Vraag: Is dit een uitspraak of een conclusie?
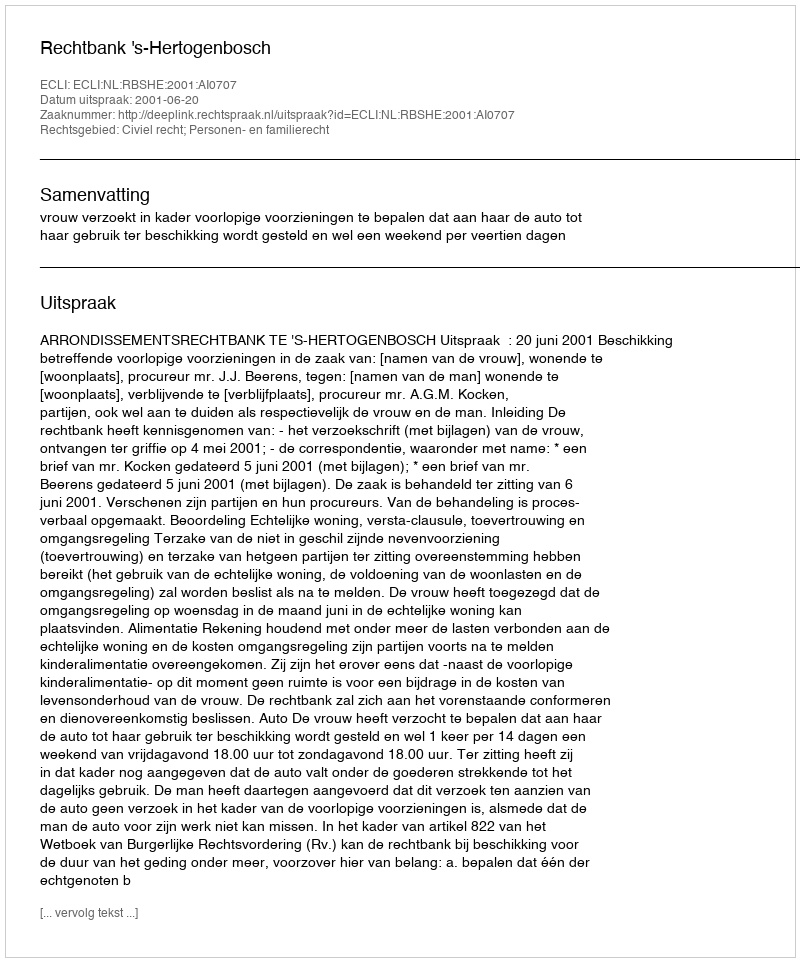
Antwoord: Uitspraak